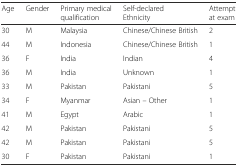
| Age | Gender | Primary medical qualification | Self-declared Ethnicity | Attempt at exam |
 | --- | --- | --- | --- | --- |
 | 30 | M | Malaysia | Chinese/Chinese British | 2 |
 | 44 | M | Indonesia | Chinese/Chinese British | 1 |
 | 36 | F | India | Indian | 4 |
 | 36 | M | India | Unknown | 1 |
 | 33 | M | Pakistan | Pakistani | 5 |
 | 34 | F | Myanmar | Asian – Other | 1 |
 | 41 | M | Egypt | Arabic | 1 |
 | 42 | M | Pakistan | Pakistani | 5 |
 | 42 | M | Pakistan | Pakistani | 5 |
 | 30 | F | Pakistan | Pakistani | 1 |